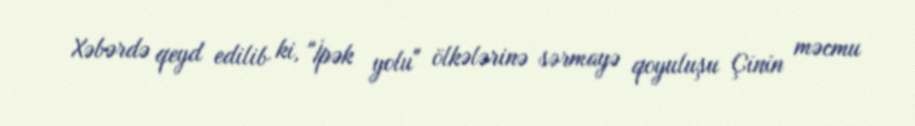
Xəbərdə qeyd edilib ki, "İpək yolu" ölkələrinə sərmayə qoyuluşu Çinin məcmu